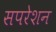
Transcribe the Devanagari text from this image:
सपरेशन